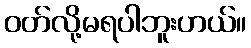
ဝတ်လို့မရပါဘူးဟယ်။